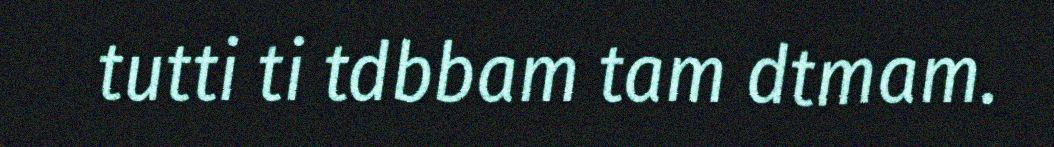
tutti ti tdbbam tam dtmam.